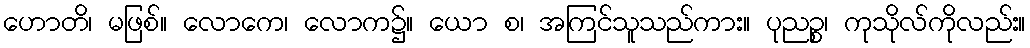
ဟောတိ၊ မဖြစ်။ လောကေ၊ လောက၌။ ယော စ၊ အကြင်သူသည်ကား။ ပုညဉ္စ၊ ကုသိုလ်ကိုလည်း။